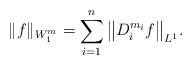
LaTeX: \begin{align*}\|f\|_{W_1^{m}} = \sum\limits_{i=1}^n \big\|D_i^{m_i} f\big\|_{L^1}.\end{align*}